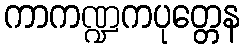
ကာကဏ္ဍကပုတ္တေန